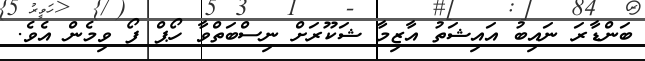
ބަންޑާރަ ނައިބު އައިޝަތު އާޒިމާ ޝަކޫރަށް ނިސްބަތްވާ ހޯޕް ފޯ ވިމެން އެވެ.